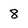
Character: 8